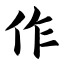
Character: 作